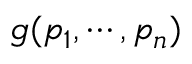
g ( p _ { 1 } , \cdots , p _ { n } )